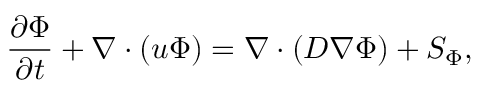
\frac { \partial \Phi } { \partial t } + \nabla \cdot ( \boldsymbol { u } \Phi ) = \nabla \cdot ( D \nabla \Phi ) + S _ { \Phi } ,